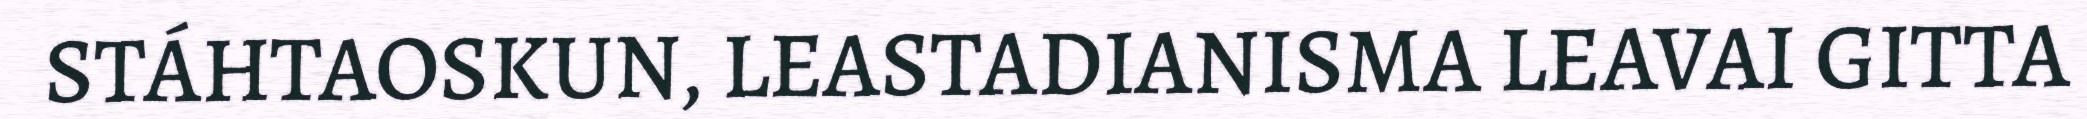
STÁHTAOSKUN, LEASTADIANISMA LEAVAI GITTA